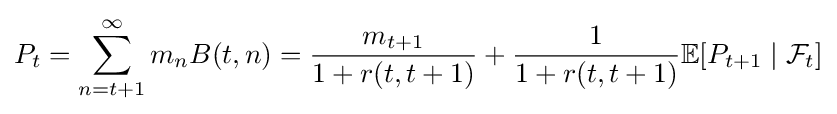
P_{t}=\sum _{n=t+1}^{\infty }m_{n}B(t,n)={\frac {m_{t+1}}{1+r(t,t+1)}}+{\frac {1}{1+r(t,t+1)}}\mathbb {E} [P_{t+1}\mid {\mathcal {F}}_{t}]